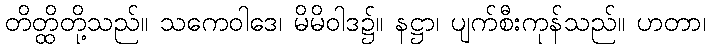
တိတ္ထိတို့သည်။ သကေဝါဒေ၊ မိမိဝါဒ၌။ နဋ္ဌာ၊ ပျက်စီးကုန်သည်။ ဟတာ၊